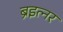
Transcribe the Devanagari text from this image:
ब्रेइत्नर